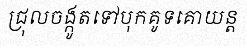
ជ្រុលចង្កូតទៅបុកគូទគោយន្ត